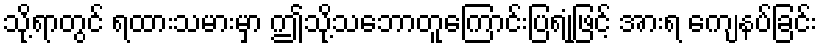
သို့ရာတွင် ရထားသမားမှာ ဤသို့သဘောတူကြောင်းပြရုံဖြင့် အားရ ကျေနပ်ခြင်း